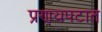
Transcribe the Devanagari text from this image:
प्रणयपटात